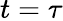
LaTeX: t=\tau